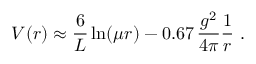
V ( r ) \approx \frac { 6 } { L } \ln ( \mu r ) - 0 . 6 7 \, \frac { g ^ { 2 } } { 4 \pi } \frac { 1 } { r } \ .